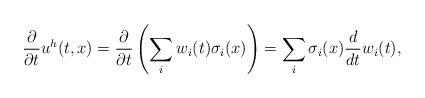
LaTeX: \begin{align*}\frac{\partial}{\partial t}u^h(t,x)=\frac{\partial}{\partial t}\left(\sum_i w_i(t)\sigma_i(x)\right)= \sum_i \sigma_i(x) \frac{d}{d t}w_i(t),\end{align*}